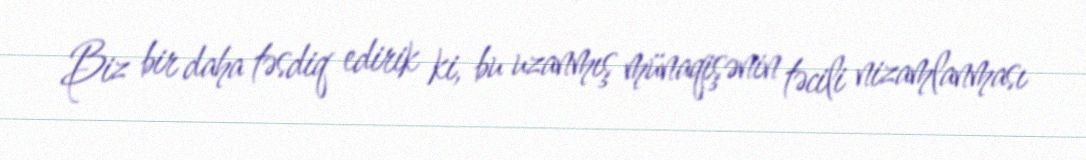
Biz bir daha təsdiq edirik ki, bu uzanmış münaqişənin təcili nizamlanması